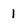
Character: I